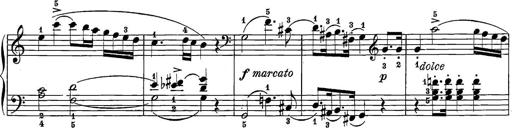
Title: 12 Sonatine per Pianoforte
Composer: Friedrich Kuhlau